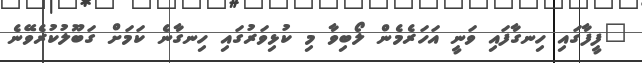
"ފީފާގައި ހިނގާފައި ވަނީ އަހަރެމެން ލޯބިވާ މި ކުޅިވަރުގައި ހިނގާނެ ކަމަށް ގަބޫލުކުރެވޭނެ